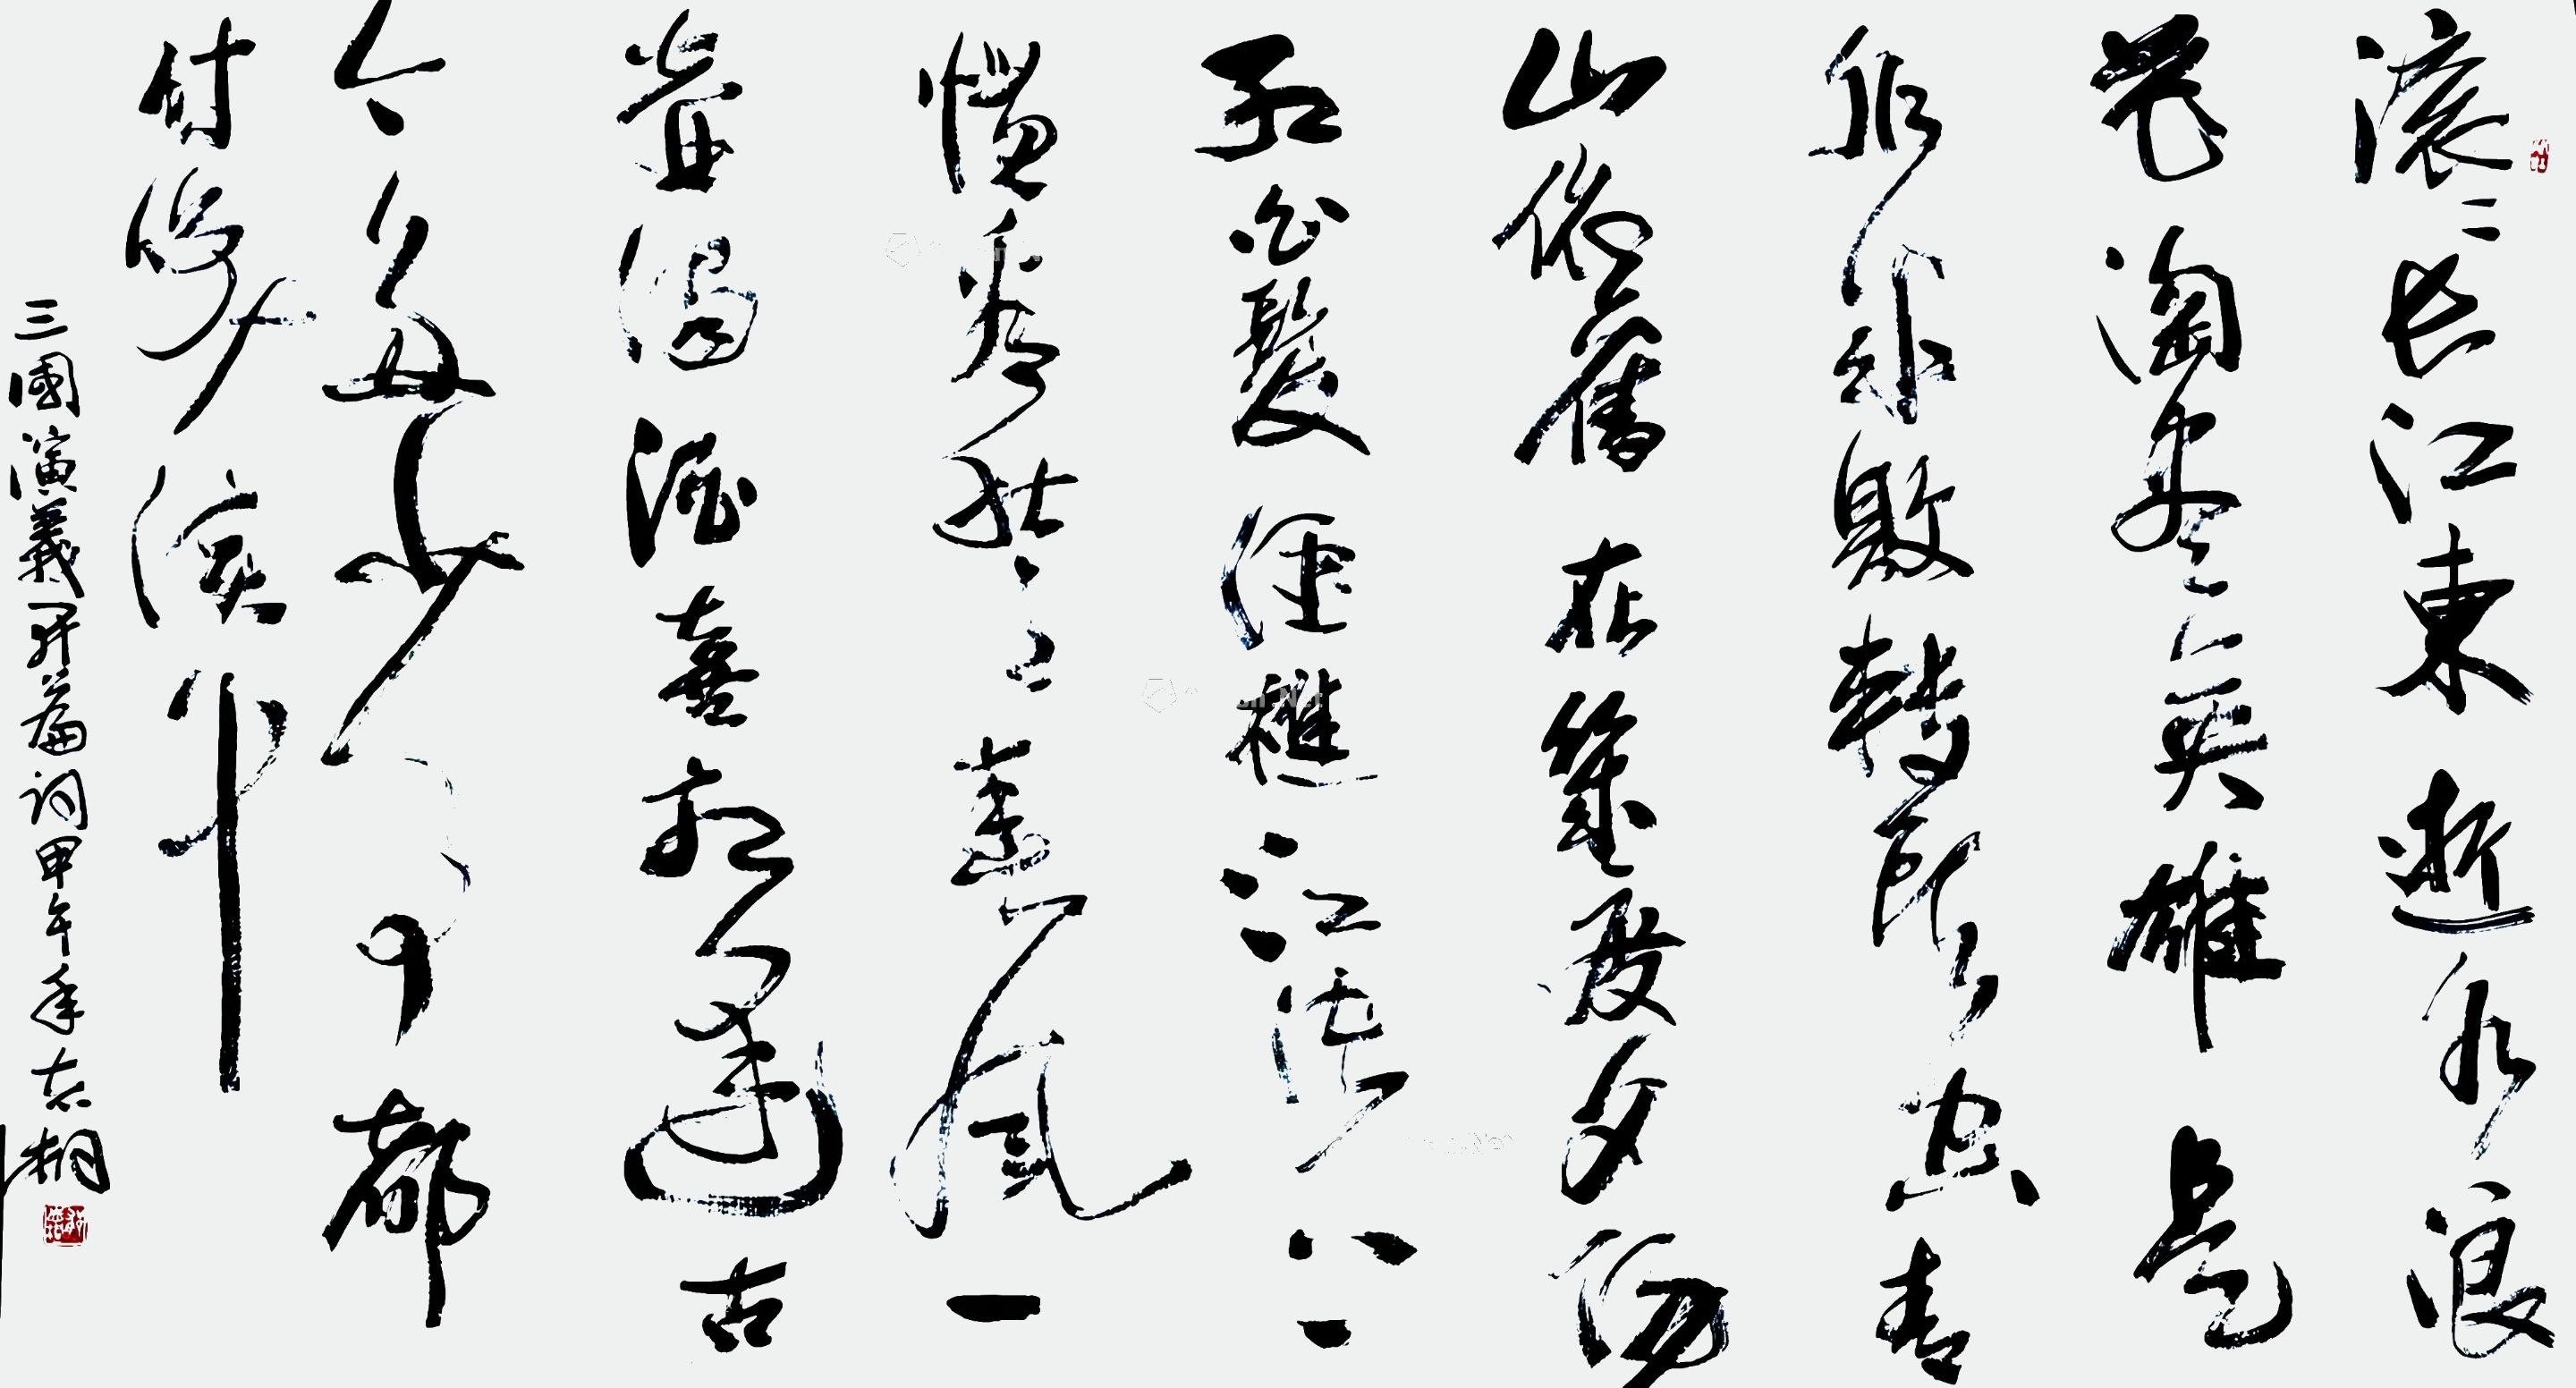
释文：滚滚长江东逝水，浪花淘尽英雄。是非成败转头空。青山依旧在，几度夕阳红。白发渔樵江渚上，惯看秋月春风。一壶浊酒喜相逢。古今多少事，都付笑谈中。郁志桐2014年作